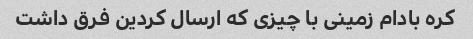
کره بادام زمینی با چیزی که ارسال کردین فرق داشت